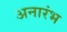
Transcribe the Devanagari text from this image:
अनारंभ